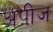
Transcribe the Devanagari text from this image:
अपीज